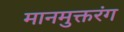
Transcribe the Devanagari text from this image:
मानमुक्तरंग